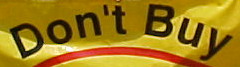
Don't Buy